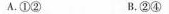
A.①② B.②④